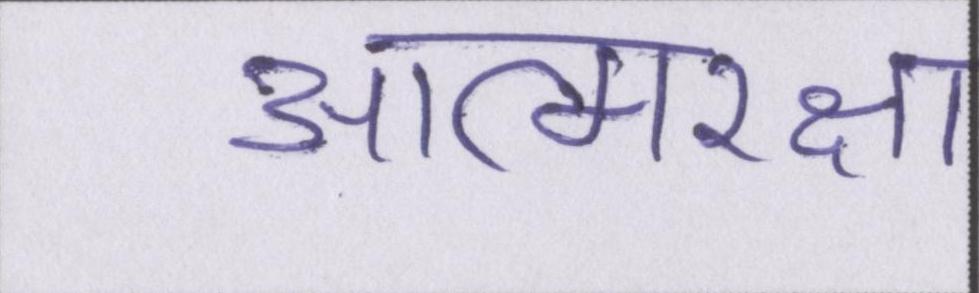
आत्मरक्षा